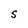
Character: S